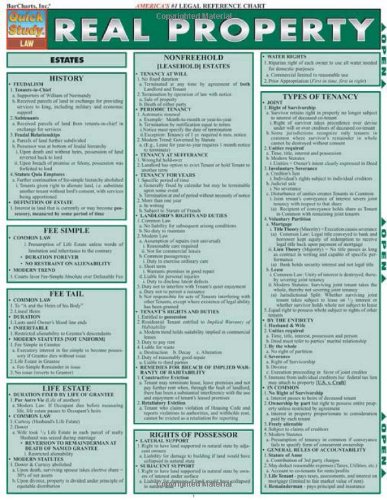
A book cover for Real Property (Quickstudy: Law); Inc. BarCharts; Law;